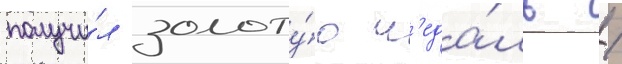
получи́л золоту́ю м'еда́ль /